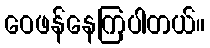
ဝေဖန်နေကြပါတယ်။